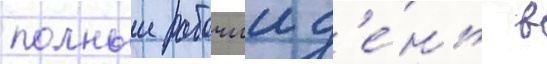
полныи рабочии д'е́нь в